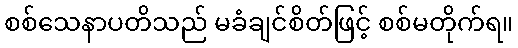
စစ်သေနာပတိသည် မခံချင်စိတ်ဖြင့် စစ်မတိုက်ရ။